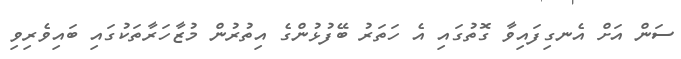
ސަން އަށް އެނގިފައިވާ ގޮތުގައި އެ ހަތަރު ބޭފުޅުންގެ އިތުރުން މުޒާހަރާތަކުގައި ބައިވެރިވި